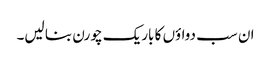
ان سب دواؤں کا باریک چورن بنا لیں۔